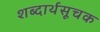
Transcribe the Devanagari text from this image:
शब्दार्थसूचक